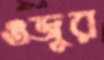
ওজুর